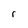
Character: r